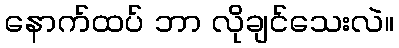
နောက်ထပ် ဘာ လိုချင်သေးလဲ။